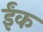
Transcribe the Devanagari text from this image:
ईंक